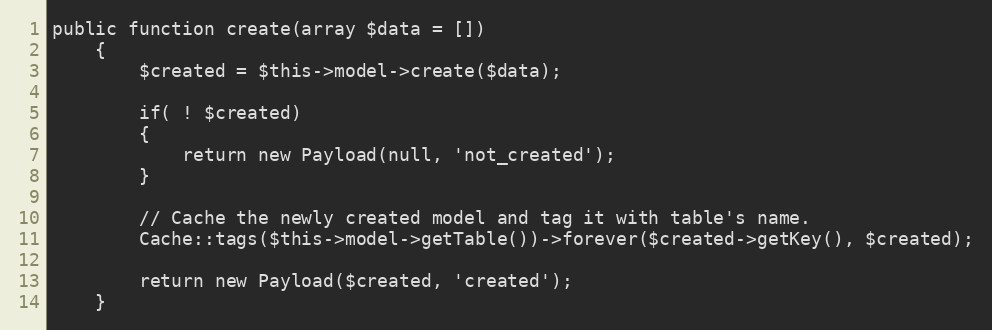
Language: PHP
public function create(array $data = [])
	{
		$created = $this->model->create($data);

		if( ! $created)
		{
			return new Payload(null, 'not_created');
		}

		// Cache the newly created model and tag it with table's name.
		Cache::tags($this->model->getTable())->forever($created->getKey(), $created);

		return new Payload($created, 'created');
	}